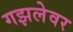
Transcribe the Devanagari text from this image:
गझलेवर